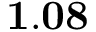
\mathbf { 1 . 0 8 }